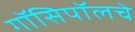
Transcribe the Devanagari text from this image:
गॉसिपॉलचे